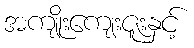
အကျိုးကျေးဇူးနှင့်